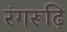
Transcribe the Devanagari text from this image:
रंगरूढ़ि